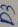
Text: D3